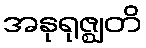
အနုရုဇ္ဈတိ